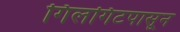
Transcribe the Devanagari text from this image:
गिलगिटपासून